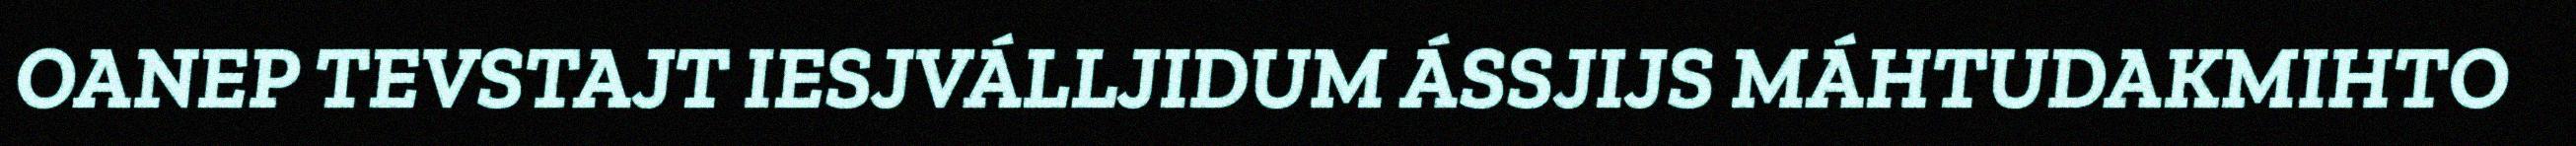
OANEP TEVSTAJT IESJVÁLLJIDUM ÁSSJIJS MÁHTUDAKMIHTO